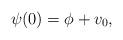
LaTeX: \begin{align*}\psi(0) = \phi + v_0,\end{align*}